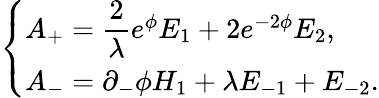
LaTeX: \left\{ \begin{array}{l}{{A_{+}={\displaystyle\frac{2}{\lambda}}e^{\phi}E_{1}+2e^{-2\phi}E_{2},}}\\ {{A_{-}=\partial_{-}\phi H_{1}+\lambda E_{-1}+E_{-2}.}}\end{array}\right.